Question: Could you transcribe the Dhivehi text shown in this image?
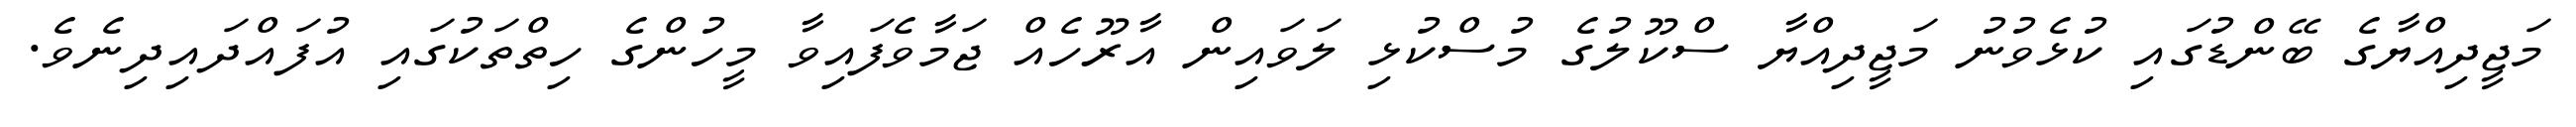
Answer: މަޖީދިއްޔާގެ ބޭންޑުގައި ކުޅެވުނު މަޖީދިއްޔާ ސްކޫލުގެ މުސްކުޅި ލަވައިން އާރޫހެއް ޖަމާވެފައިވާ މީހުންގެ ހިތްތަކުގައި އުފައްދައިދިނެވެ.